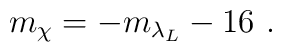
m_\chi=-m_{\lambda_L} -16~.